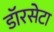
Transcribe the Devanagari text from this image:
डॉरसेटा